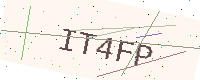
Text: IT4FP